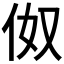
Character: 伮